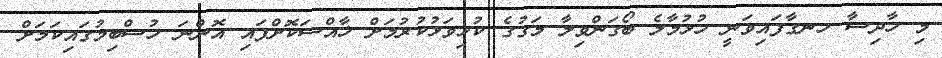
މި ހާދިސާ ހނގާފައިވަނީ ހުޅުމާލެ ބޯގަންވިލާ މަގުގެ ކުޅިވަޅުކުރުމަށް ޚާއްސަކޮށްފައި އޮންނަ ހުސްބިމުގައިކަމަށް